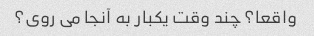
واقعا؟ چند وقت یکبار به آنجا می روی؟